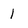
Character: 1